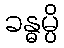
ခန္ဓမ္ပိ